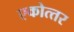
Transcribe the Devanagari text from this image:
एकोत्‍तर